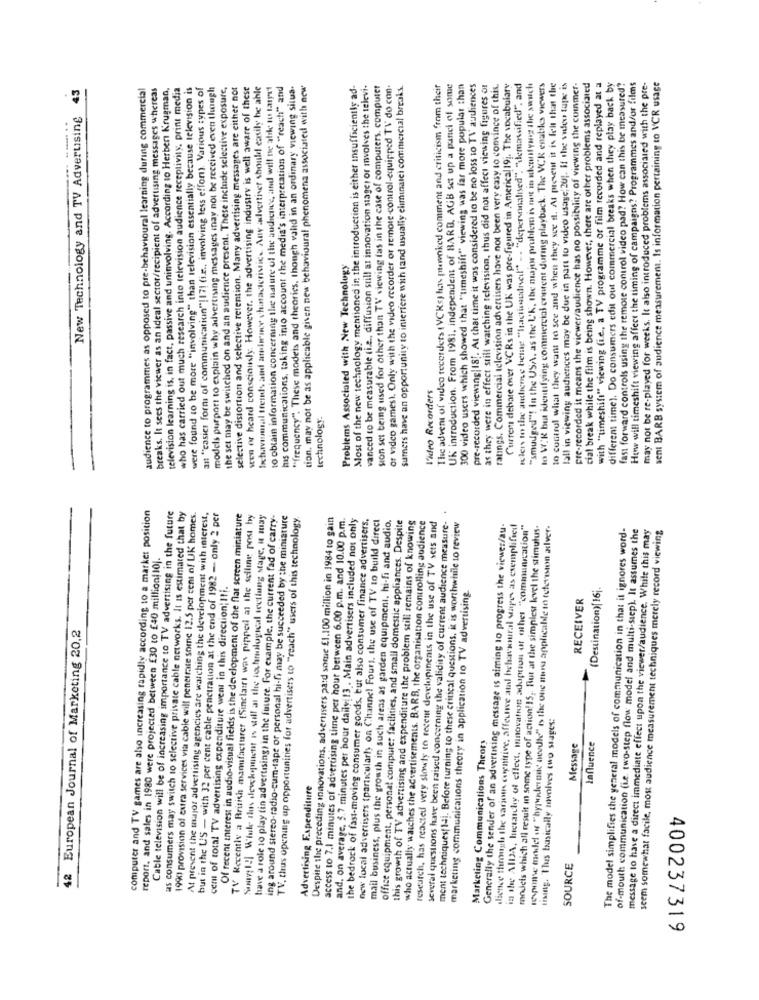
cial break while the film is being shown. However, there are other problems associated
43
audience to programmes as opposed to pre-behavioural learning during commercial
breaks. It sees the viewer as an ideal sector/recipient of advertising messages whereas
television learning is, in fact, passive and uninvolving. According to Herbert Krugman,
who has carried out much research into television audience receptivity, print media
were found to be more "involving" than television essentially because television is
an "casici form of communication"!17! (i.e ., involving less effon). Various types of
models purport to explain why advertising messages inay not be received even though
the set may be switched on and an audience present. These include selective exposure,
selective distortion and selective retention. Many advertising messages are either not
sten or heard consciously. However, the advertising industry is well aware of these
Ixturvaomal trends and atbruce characteristic. Any advertiser should easily be able
10 obtain information concerning the nature of the audience, and will ne afile to target
mis communications, taking into account the media's interpretation of ""reach" and
"frequency". These modeis and theorics, though valid in an ordinary viewing situa.
tion. may not be as applicable given new behavioural phenomena associated with new
Most of the new technology mentioned in the introduction is either insufficiently ad-
vanced to be measurable (i.e ., diffusion still at innovation stager or involves the televi-
sion set being used for other than TV viewing fas in the case of computers, computer
of video games). Only with the video recorder or remore-control-equipped TV do con.
sumers have an opportunity to interfere with tand usually eliminare) commercial breaks.
The advent of video recorders (VCKs) har ptewoked comment and criticism from their
UK introduction. From 1981, independent of BARB. AGB set up a panci of some
300 video users which showed that "timeshift" viewing was far more popular than
pre-recorded viewing|18 !. At that time it was considered to be no loss to TV' audiences
as they were in effect still watching television, thus did not affect viewing figures or
ratings. Commercial television advertisers have not been very easy to convince of this.
Current debare over VCRs in the UK was pre-figured in Americal19 ;. The vocabulary
Kleis to the autreme being "hacticouncil" -. "depersonalised". "demanssified", and
"smudged"! In the USA, as the UK, the major problem is not in ukconfying the switch
to W:R but identifying commercial content during playback. The VCK enabiks viewers
to control what they want to see and when they see il. At present it is felt that the
lall in viewing audiences may be due in part to video usage 201. If the video tape is
pre-recorded it means the viewer/audience has no possibility of viewing the commer-
with "timeshift" viewing (i.c ., a TV programme of film recorded and replayed at a
different time). Do consumers edil out commercial breaks when they play back by
fast forward controls using the remote control video pad? How can this be measured?
How will timeshift viewing affect the timing of campaigns? Programmes and/or films
may not be re-played for weeks. It also introduced problems associated with the pre-
sent BARB system of audience measurement. Is information pertaining to VCR usage
New Technology and TV Adverusing
Problems Associated with New Technology
Video Recorders
technology.
computer and TV games are also increasing rapidly according to a market position
several questions have been raised concerning the validity of current audience measure- .
Cable television will be of increasing importance to TV advertising in the future
as consumers may switch to selective private cable networks. It is estimated that by
1990 provision of extra services via cable will penetrate some 12.5 per cent of UK homes.
At present the major advertising agencies are watching the development with interest,
but in the US - with 32 per cent cable penetration at the end of 1982 - only 2 per
Of recent interest in audio-visual fields is the development of the flat screen miniature
TV' Recently a British manufacturer (Sinclair) was pipped at the sefline post by
Sony [!] Whole thus development is still as the technological secting stage, it may
have a role 10 play (in advertising) in the future. For example, the current fad of carry-
ing around stereo-radio-cum-tape or personal hi-fi may be succeeded by the miniature
TV, thus opening up opportunities for advertisers to "reach" users of this technology,
Despite the preceding innovations. advertisers pard some £1.100 million in 1984 to gain
access to 7.1 minutes of advertising time per hour between 6.00 p.m. and 10.00 p.m.
and. on average, 5.7 minutes per hour daily 13 . Main advertisers included not only
the bedrock of fast-moving consumer goods, but also consumer finance advertisers,
new local advertisers (particularly on Channel Fours, the use of TV to build direct
mail business, plus the growth in such areas as garden equipment, hi-fi and audio.
office equipment, personal compure: facilities, and small domestic appliances. Despite
this growth of TV advertising and expenditure the problem still remains of knowing
who actually watches the advertisements. BARB, the organisation controlling audience
research, has reacted very slowly to recent developments in the use of TV sets and
ment techniquesf 14i. Before turning to these critical questions, it is worthwhile to review
Generally the sender of an advertising message is aiming to progress the viewer/au-
dience through the various cognitive, affective atl behavioural Mares as exemplified
in the AlDA, hetaichy of elleet, mnovatron adoption of other "communication"
mojeis which all result in some type of action!15 ,. But at the simplest level the stimulus.
revise model os "hypodermic needte" es the one more applicable to television alver-
The model simplifies the general models of communication in that it ignores word-
of-mouth communication (i.e. two-step flow model and multi-step). It assumes the
message to have a direct immediate effect upon the viewer/audience. While this may
seem somewhat facile, most audience measurement techniques merely record viewing
report, and sales in 1980 were projected between £30 to £40 million 10 ;.
cemi of total TV advertising expenditure went in this direction; Iti.
marketing communications theory in application to TV advertising
(Destination)[16].
RECEIVER
42 European Journal of Marketing 20,2
tising. This basically nwvolves two stages:
Marketing Communications Theory
Message
Influence
Advertising Expenditure
SOURCE
400237319